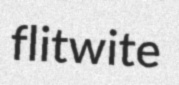
flitwite